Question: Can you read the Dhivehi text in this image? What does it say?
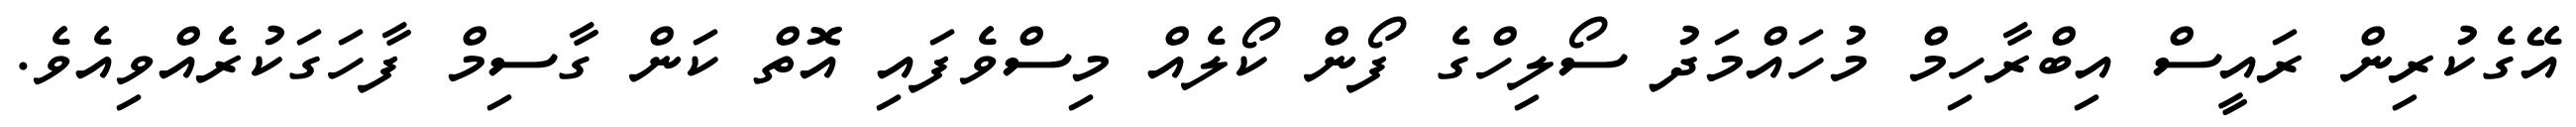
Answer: އޭގެކުރިން ރައީސް އިބްރާހިމް މުހައްމަދު ސޯލިހްގެ ފޯން ކޯލެއް މިސްވެފައި އޮތް ކަން ގާސިމް ފާހަގަކުރެއްވިއެވެ.